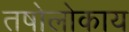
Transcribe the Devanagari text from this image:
तषोलोकाय